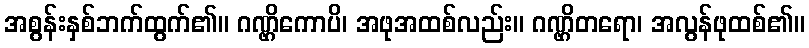
အစွန်းနှစ်ဘက်ထွက်၏။ ဂဏ္ဌိကောပိ၊ အဖုအထစ်လည်း။ ဂဏ္ဌိတရော၊ အလွန်ဖုထစ်၏။